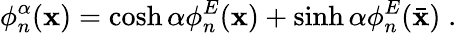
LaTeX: \phi_{n}^{\alpha}(\mathbf{x})=\cosh\alpha\phi_{n}^{E}(\mathbf{x})+\sinh\alpha\phi_{n}^{E}(\bar{{\mathbf{x}}})\; .